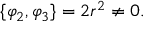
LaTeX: \{ \varphi _ { 2 } , \varphi _ { 3 } \} = 2 r ^ { 2 } \neq 0 .